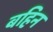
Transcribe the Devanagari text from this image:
बहिन